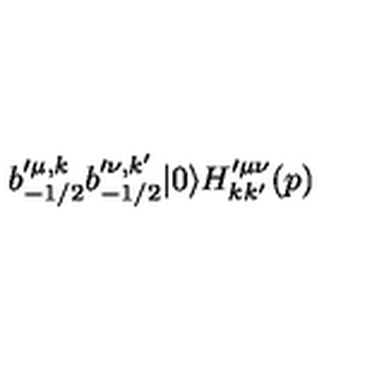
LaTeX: b _ { - 1 / 2 } ^ { \prime \mu , k } b _ { - 1 / 2 } ^ { \prime \nu , k ^ { \prime } } | 0 \rangle H _ { k k ^ { \prime } } ^ { \prime \mu \nu } ( p )